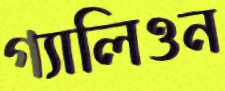
গ্যালিওন